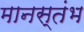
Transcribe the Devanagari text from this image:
मानस्तंभ